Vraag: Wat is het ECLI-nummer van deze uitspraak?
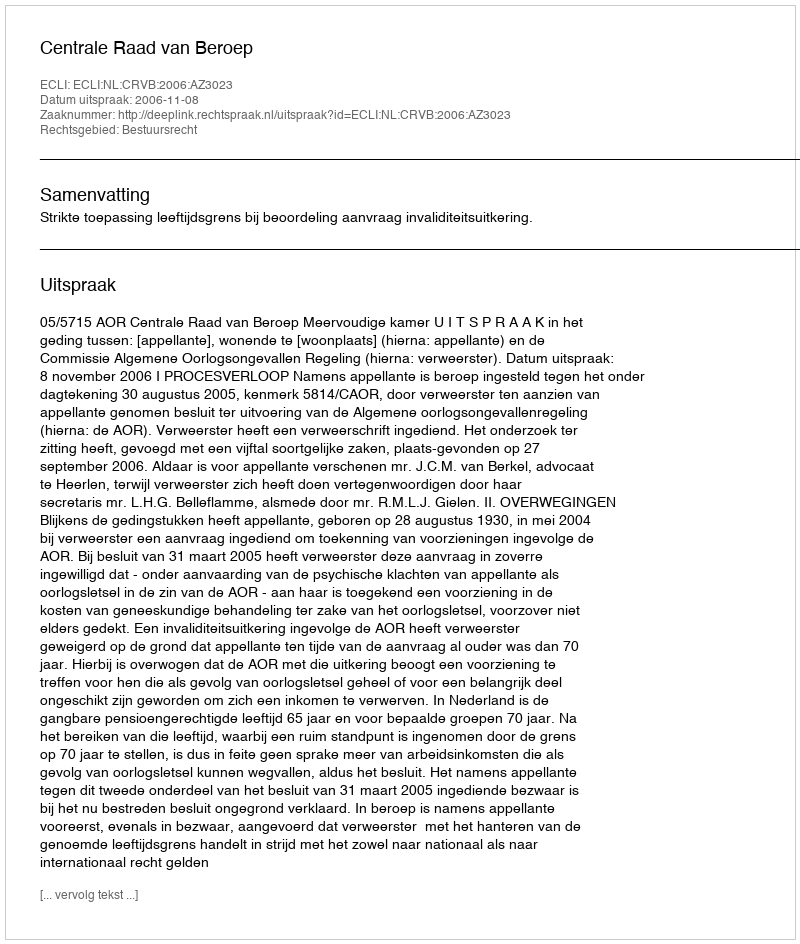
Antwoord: ECLI:NL:CRVB:2006:AZ3023